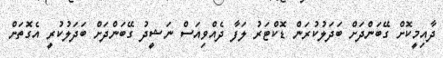
ދާއިމީކޮށް ގޭބަންދަށް ބަދަލުކުރަން ޑޮކްޓަރު ލަފާ ދެއްވިއަސް ނަޝީދު ގޭބަންދަށް ބަދަލުކުރީ އެގޮތަށް